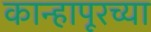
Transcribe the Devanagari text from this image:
कान्हापूरच्या